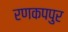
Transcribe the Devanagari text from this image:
रणकपपुर